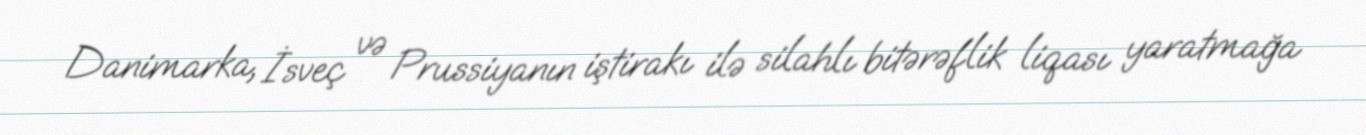
Danimarka, İsveç və Prussiyanın iştirakı ilə silahlı bitərəflik liqası yaratmağa